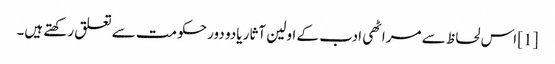
[1] اس لحاظ سے مراٹھی ادب کے اولین آثار یادو دور حکومت سے تعلق رکھتے ہیں۔